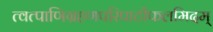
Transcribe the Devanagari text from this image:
त्वत्पाणिग्रहणपरिपाटीफलमिदम्